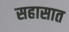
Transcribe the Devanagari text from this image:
सहासात